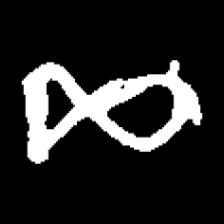
Pyu character \u2014 Myanmar letter: ဆ (romanized: cha)